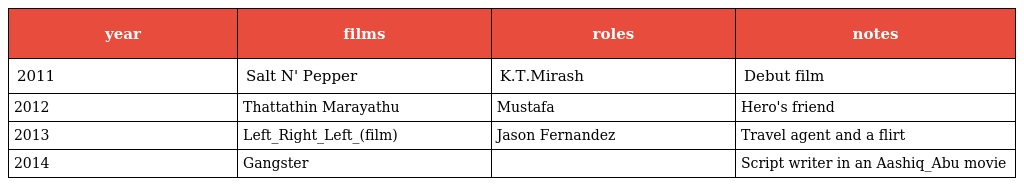
| year | films | roles | notes |
 | --- | --- | --- | --- |
 | 2011 | Salt N' Pepper | K.T.Mirash | Debut film |
 | 2012 | Thattathin Marayathu | Mustafa | Hero's friend |
 | 2013 | Left_Right_Left_(film) | Jason Fernandez | Travel agent and a flirt |
 | 2014 | Gangster |  | Script writer in an Aashiq_Abu movie |